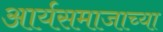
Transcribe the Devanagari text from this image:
आर्यसमाजाच्या